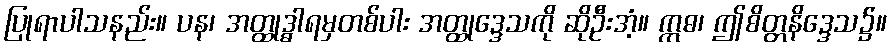
ပြုရာပါသနည်း။ ပန၊ အတ္ထုဒ္ဓါရမှတစ်ပါး အတ္ထုဒ္ဒေသကို ဆိုဦးအံ့။ ဣဓ၊ ဤစိတ္တနိဒ္ဒေသ၌။